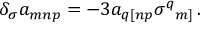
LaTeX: \delta _ { \sigma } a _ { m n p } = - 3 a _ { q [ n p } \sigma ^ { q } { } _ { m ] } \, .